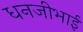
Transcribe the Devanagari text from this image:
धनजीभाई